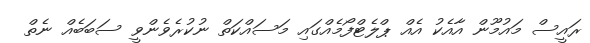
ރައީސް މައުމޫން އާއެކު އެއް ޕްލެޓްފޯމެއްގައި މަސައްކަތް ނުކުރެވެންވީ ސަބަބެއް ނެތް